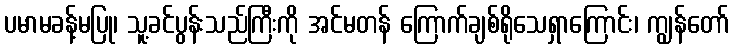
ပမာမခန့်မပြု၊ သူ့ခင်ပွန်းသည်ကြီးကို အင်မတန် ကြောက်ချစ်ရိုသေရှာကြောင်း၊ ကျွန်တော်